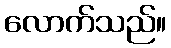
လောက်သည်။